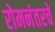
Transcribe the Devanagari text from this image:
रोमनंतरचे